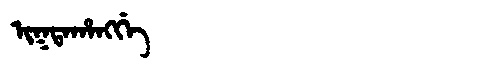
Manchu: ᡳᡴᡨᠠᡥᠠᠩᡤᡝ
Romanization: IKTAHANGGE